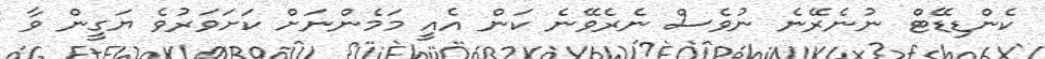
ކެންޑިޑޭޓް ނުނެރޭނެ ނުވެސް ނެރެވޭނެ ކަން އެއީ މަމެންނަށް ކަށަވަރުވެ ޔަގީން ވާ